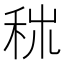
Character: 𥞕